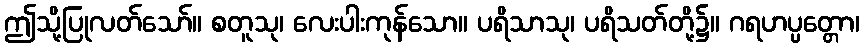
ဤသို့ပြုလတ်သော်။ စတူသု၊ လေးပါးကုန်သော။ ပရိသာသု၊ ပရိသတ်တို့၌။ ဂရဟပ္ပတ္တော၊